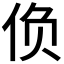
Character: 𰁾